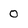
Character: 0